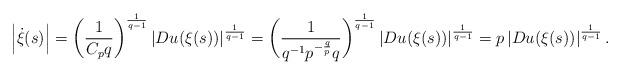
LaTeX: \begin{align*} \left|\dot{\xi}(s)\right|=\left(\frac{1}{C_pq}\right)^\frac{1}{q-1}\left|Du(\xi(s))\right|^\frac{1}{q-1}=\left(\frac{1}{q^{-1}p^{-\frac{q}{p}}q}\right)^\frac{1}{q-1}\left|Du(\xi(s))\right|^\frac{1}{q-1}=p\left|Du(\xi(s))\right|^\frac{1}{q-1}.\end{align*}